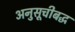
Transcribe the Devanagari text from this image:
अनुसूचीबद्ध